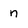
Character: n